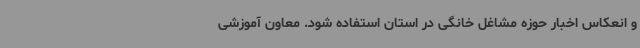
و انعکاس اخبار حوزه مشاغل خانگی در استان استفاده شود. معاون آموزشی